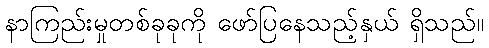
နာကြည်းမှုတစ်ခုခုကို ဖော်ပြနေသည့်နှယ် ရှိသည်။